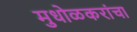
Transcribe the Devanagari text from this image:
मुधोळकरांचा